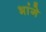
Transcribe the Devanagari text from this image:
भांगे